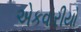
એકવારીયો